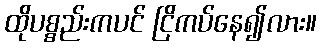
ထိုပစ္စည်းကပင် ငြိကပ်နေ၍လား။